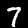
Label: 7